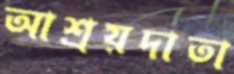
আশ্রয়দাতা